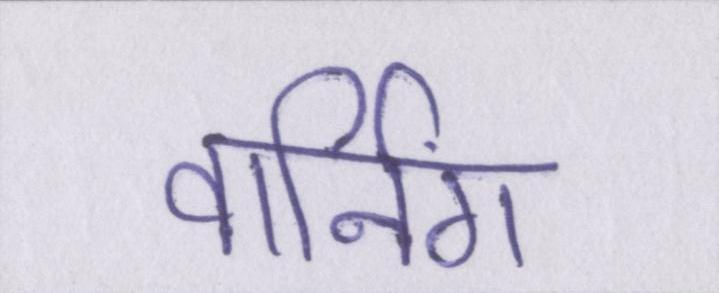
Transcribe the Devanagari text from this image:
वार्निंग